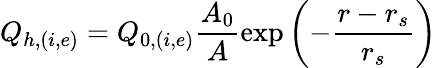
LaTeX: Q_{h,(i,e)}=Q_{0,(i,e)}\frac{A_{0}}{A}\exp\left(-\frac{r-r_{s}}{r_{s}}\right)